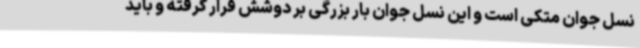
نسل جوان متکی است و این نسل جوان بار بزرگی بر دوشش قرار گرفته و باید